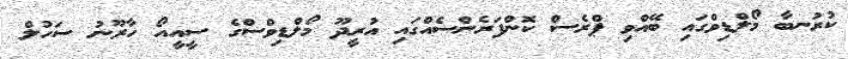
ކުރުނބާ މޯލްޑިވްގައި ބޭއްވި ޕްރެސް ކޮންފަރެންސެއްގައި އުރީދޫ މޯލްޑިވްސްގެ ސީއީއޯ ހާރޫނު ސަހުލް